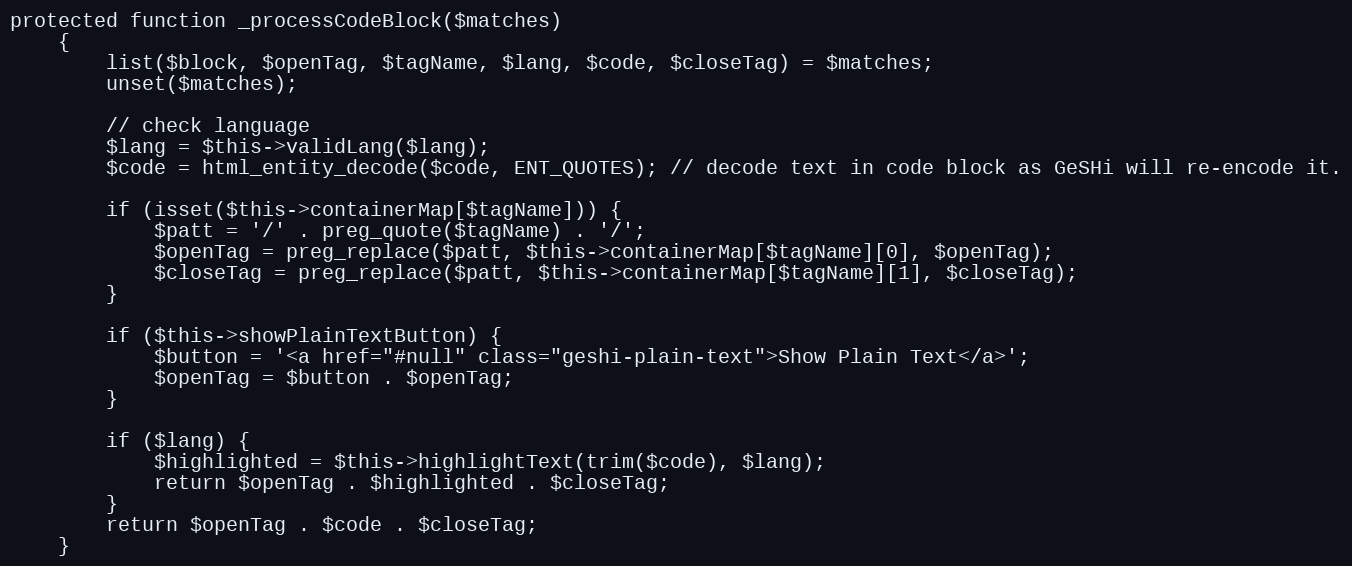
Language: PHP
protected function _processCodeBlock($matches)
    {
        list($block, $openTag, $tagName, $lang, $code, $closeTag) = $matches;
        unset($matches);

        // check language
        $lang = $this->validLang($lang);
        $code = html_entity_decode($code, ENT_QUOTES); // decode text in code block as GeSHi will re-encode it.

        if (isset($this->containerMap[$tagName])) {
            $patt = '/' . preg_quote($tagName) . '/';
            $openTag = preg_replace($patt, $this->containerMap[$tagName][0], $openTag);
            $closeTag = preg_replace($patt, $this->containerMap[$tagName][1], $closeTag);
        }

        if ($this->showPlainTextButton) {
            $button = '<a href="#null" class="geshi-plain-text">Show Plain Text</a>';
            $openTag = $button . $openTag;
        }

        if ($lang) {
            $highlighted = $this->highlightText(trim($code), $lang);
            return $openTag . $highlighted . $closeTag;
        }
        return $openTag . $code . $closeTag;
    }